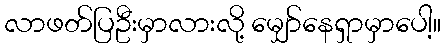
လာဖတ်ပြဦးမှာလားလို့ မျှော်နေရှာမှာပေါ့။